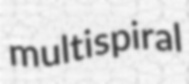
multispiral